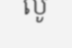
លូ